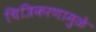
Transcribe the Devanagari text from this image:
चित्रिकरणामुळे